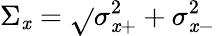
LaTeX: \Sigma_{\mathit{x}}=\sqrt{}{{\sigma_{\mathit{x}+}^{2}+\sigma_{\mathit{x}-}^{2}}}